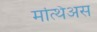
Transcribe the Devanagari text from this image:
मत्थिअस